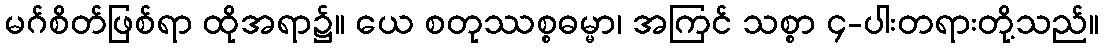
မဂ်စိတ်ဖြစ်ရာ ထိုအရာ၌။ ယေ စတုဿစ္စဓမ္မာ၊ အကြင် သစ္စာ ၄-ပါးတရားတို့သည်။